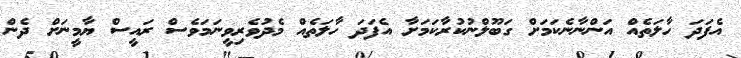
އެފަދަ ހާލަތެއް އަންނާނެކަމަށް ގަބޫލްނުކުރާކަމަށާ އެފަދަ ހާލަތެއް މެދުވެރިވީނަމަވެސް ރައީސް ޔާމީނަށް ދެން